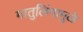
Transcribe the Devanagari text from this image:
मातुलिंगामुळे